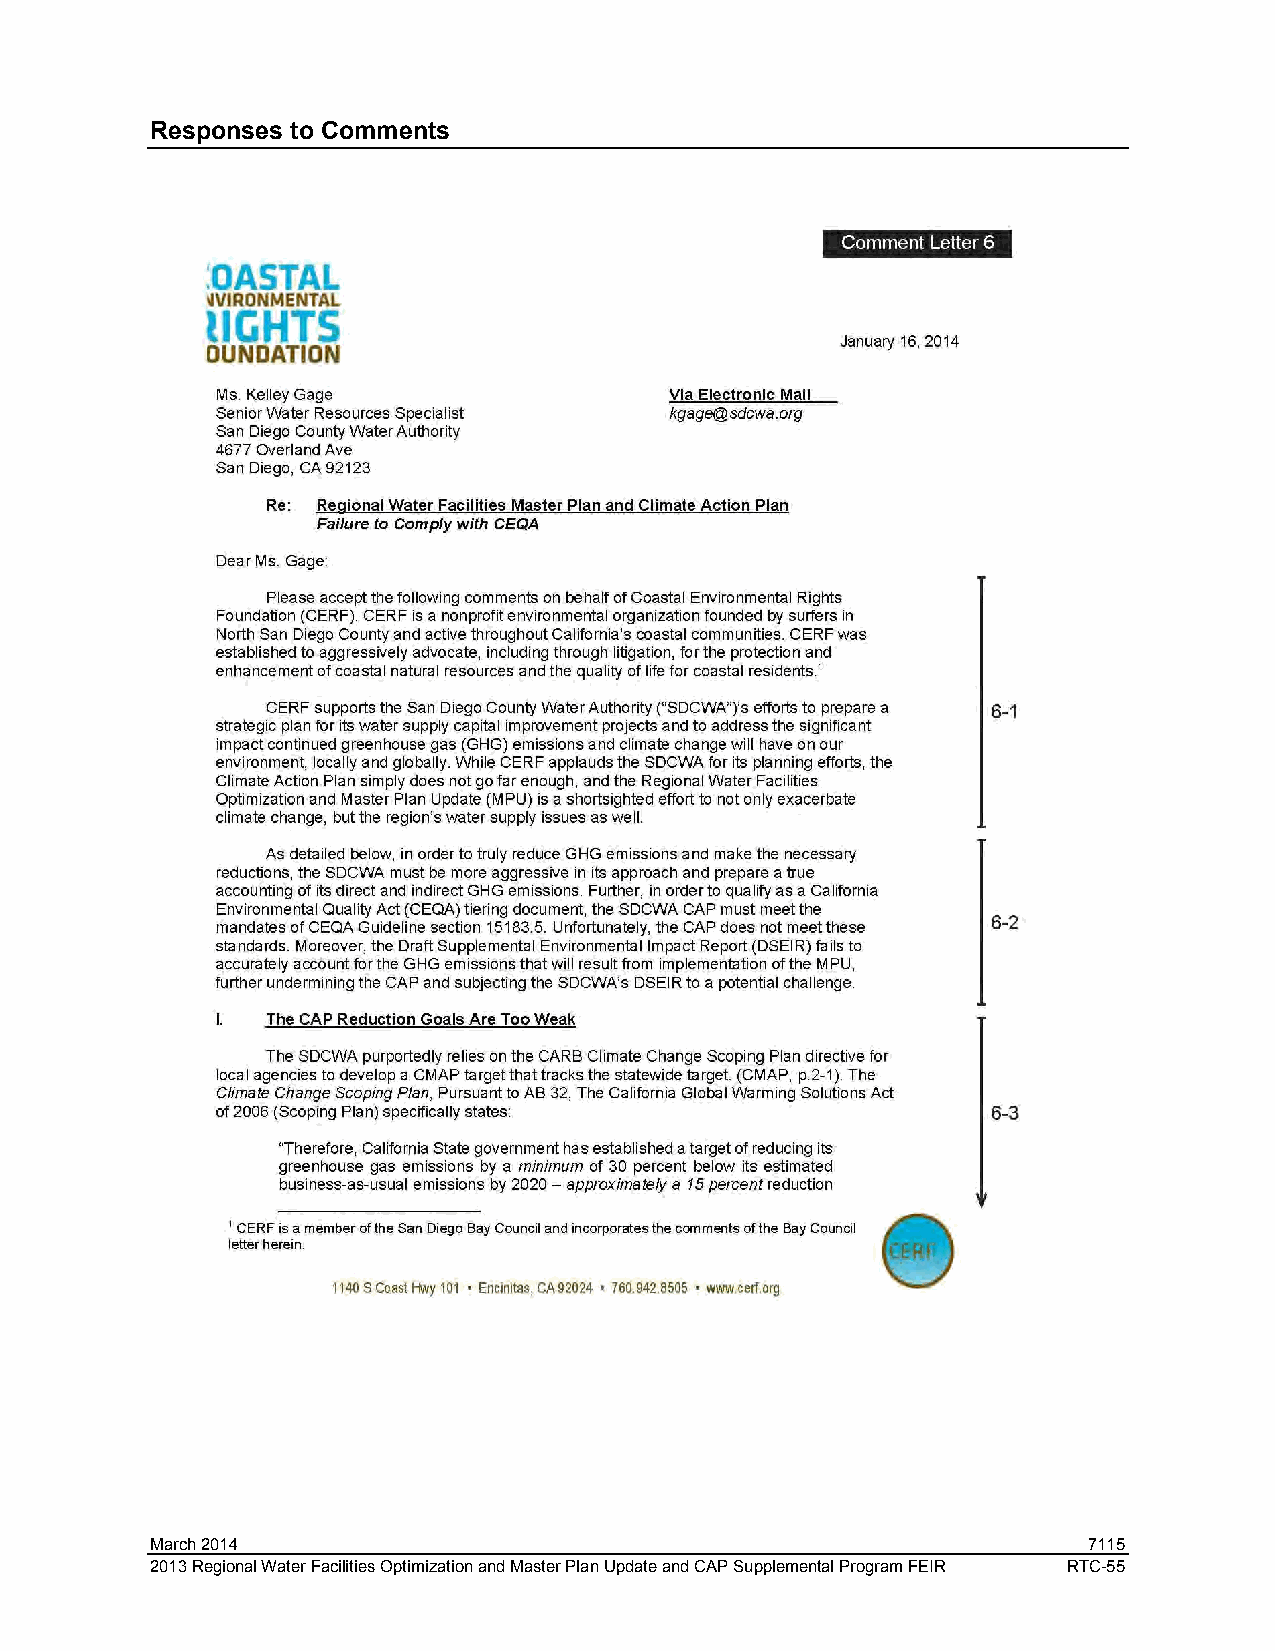
Responses to Comments
 March 2014                                                    7115
 2013 Regional Water Facilities Optimization and Master Plan Update and CAP Supplemental Program FEIR RTC-55